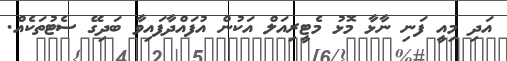
އަދި މިއީ ފަނި ނާޅާ މޮޅު މެޓީރިއަލް އަކުން އުފައްދާފައިވާ ބަދިގޭ ސެޓުތަކެއް.